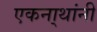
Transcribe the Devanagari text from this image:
एकना्थांनी